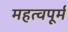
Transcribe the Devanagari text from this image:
महत्वपूर्म